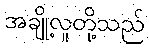
အချို့လူတို့သည်